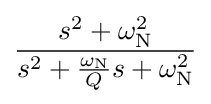
{\frac {s^{2}+\omega _{\mathrm {N} }^{2}}{s^{2}+{\frac {\omega _{\mathrm {N} }}{Q}}s+\omega _{\mathrm {N} }^{2}}}